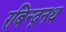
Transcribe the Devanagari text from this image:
रबिन्द्रनथ